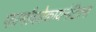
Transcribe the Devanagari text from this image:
फार्माकोकायनेटिक्स